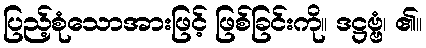
ပြည့်စုံသောအားဖြင့် ဖြစ်ခြင်းကို။ ဒဋ္ဌဗ္ဗံ၊ ၏။